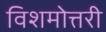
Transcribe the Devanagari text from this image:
विशमोत्तरी